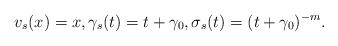
LaTeX: \begin{align*} v_s(x) = x, \gamma_s(t) = t + \gamma_0, \sigma_s (t) = (t + \gamma_0)^{-m}.\end{align*}